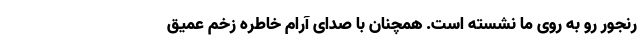
رنجور رو به روی ما نشسته است. همچنان با صدای آرام خاطره‌ زخم عمیق